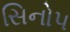
સિનોપ